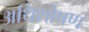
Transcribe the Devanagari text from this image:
अथिशोषण